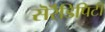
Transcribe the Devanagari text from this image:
सॆरॆंडिपिटी